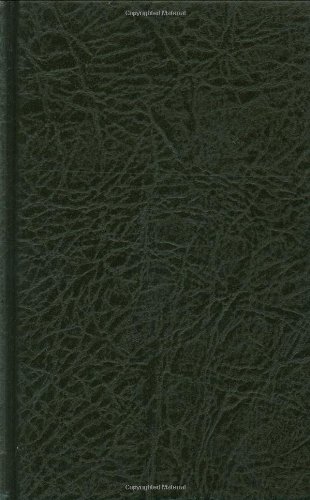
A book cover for The Book of Common Prayer (Prayer Book); Oxford University Press; Christian Books & Bibles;